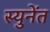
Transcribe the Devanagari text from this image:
स्युनेंत